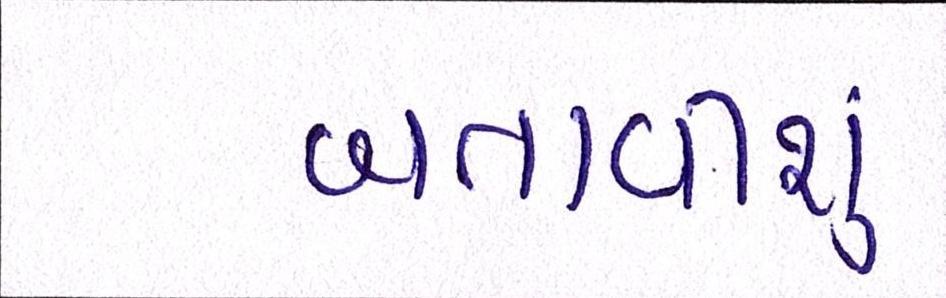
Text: બતાવીશુ